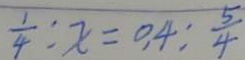
\frac { 1 } { 4 } : x = 0 . 4 : \frac { 5 } { 4 }